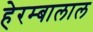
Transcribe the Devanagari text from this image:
हेरम्बालाल